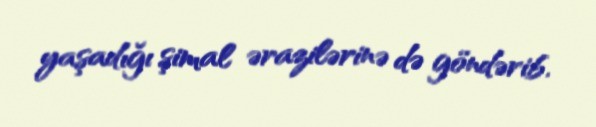
yaşadığı şimal ərazilərinə də göndərib.